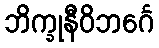
ဘိက္ခုနီဝိဘင်္ဂေ